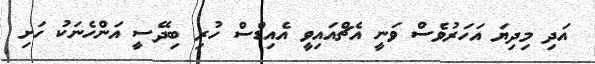
އަދި މިދިޔަ އަހަރުވެސް ވަނީ އެޗްއައިވީ އެއިޑްސް ހުރި ބިދޭސީ އަންހެނަކު ހަށި